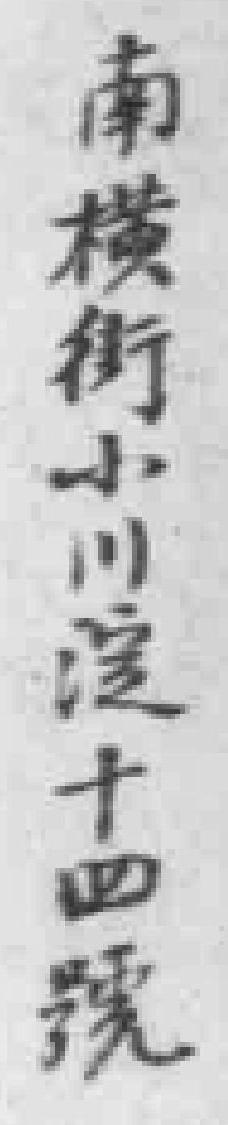
南横街小川淀十四號